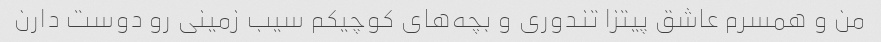
من و همسرم عاشق پیتزا تندوری و بچه‌های کوچیکم سیب زمینی رو دوست دارن